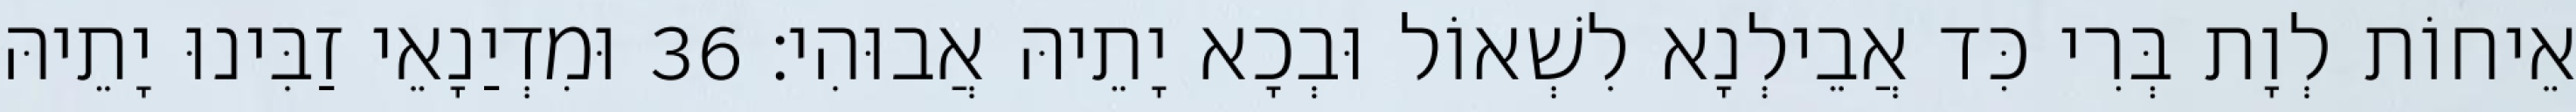
אֵיחוֹת לְוָת בְּרִי כִּד אֲבֵילְנָא לִשְׁאוֹל וּבְכָא יָתֵיהּ אֲבוּהִי׃ 36 וּמִדְיַנָאֵי זַבִּינוּ יָתֵיהּ